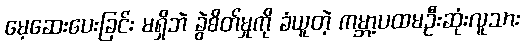
မေ့ဆေးပေးခြင်း မရှိဘဲ ခွဲစိတ်မှုကို ခံယူတဲ့ ကမ္ဘာ့ပထမဦးဆုံးလူသား